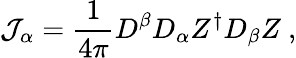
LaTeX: {\cal J}_{\alpha}=\frac{1}{4\pi}D^{\beta}D_{\alpha}Z^{\dagger}D_{\beta}Z~,